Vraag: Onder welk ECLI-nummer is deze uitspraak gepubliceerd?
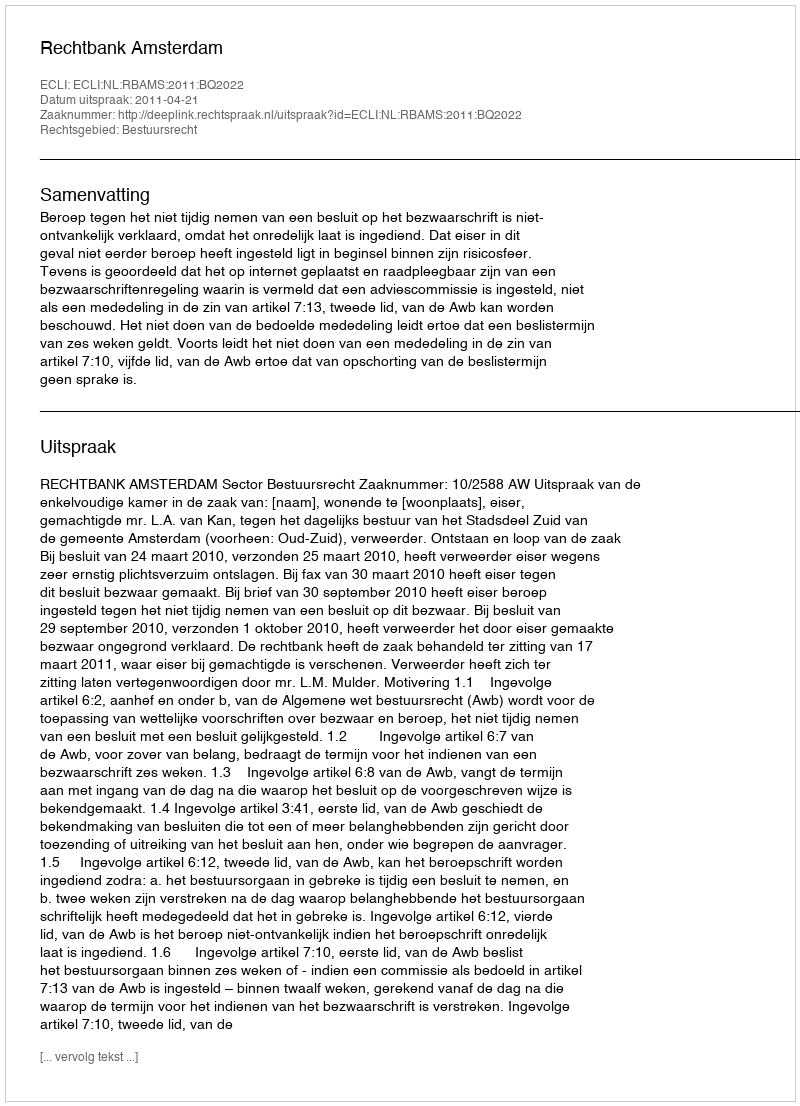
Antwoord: ECLI:NL:RBAMS:2011:BQ2022